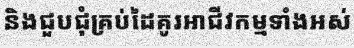
និងជួបជុំគ្រប់ដៃគូរអាជីវកម្មទាំងអស់